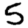
Digit: 5